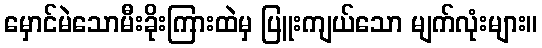
မှောင်မဲသောမီးခိုးကြားထဲမှ ပြူးကျယ်သော မျက်လုံးများ။